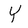
Character: Y